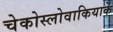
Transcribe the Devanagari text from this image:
चेकोस्लोवाकियाके